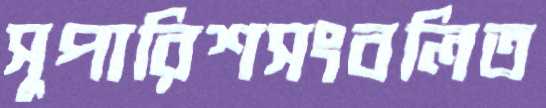
সুপারিশসংবলিত